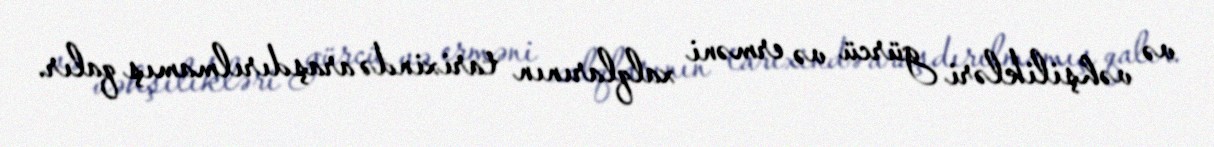
və vəhşilikləri gürcü və erməni xalqlarının tarixində araşdırılmamış qalır.